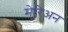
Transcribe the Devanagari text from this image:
मेरिअन